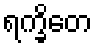
ရက္ခိတေ